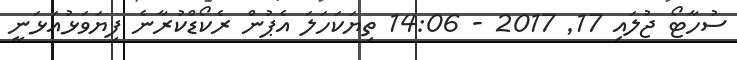
ސުހާޓޯ ޖުލައި 17